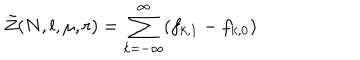
\tilde { Z } ( N , l , \mu , r ) = \sum _ { k = - \infty } ^ { \infty } ( f _ { k , 1 } - f _ { k , 0 } )